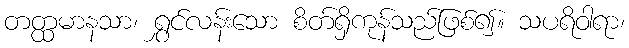
တတ္ထမာနသာ၊ ရွှင်လန်းသော စိတ်ရှိကုန်သည်ဖြစ်၍။ သပရိဝါရာ၊